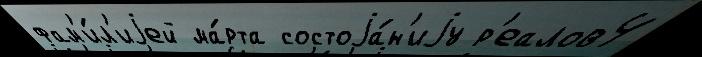
фам'и́л'иjей ма́рта состоjа́н'иjу р'еалов4